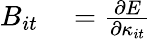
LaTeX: \begin{array}{rl}{B_{it}}&{{}=\frac{\partial E}{\partial\kappa_{it}}}\end{array}